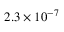
2 . 3 \times 1 0 ^ { - 7 }